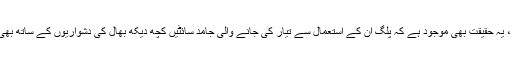
آخر میں ، یہ حقیقت بھی موجود ہے کہ پلگ ان کے استعمال سے تیار کی جانے والی جامد سائٹیں کچھ دیکھ بھال کی دشواریوں کے ساتھ بھی آتی ہیں۔